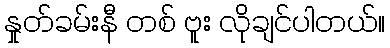
နှုတ်ခမ်းနီ တစ် ဗူး လိုချင်ပါတယ်။